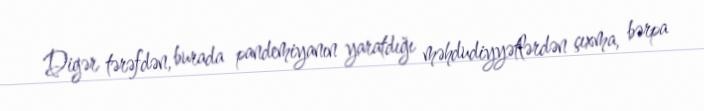
Digər tərəfdən, burada pandemiyanın yaratdığı məhdudiyyətlərdən çıxma, bərpa